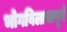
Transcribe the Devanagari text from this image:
भोगविलासपूर्व